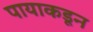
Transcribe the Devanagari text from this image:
पायाकडून